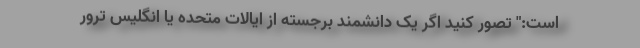
است:" تصور کنید اگر یک دانشمند برجسته از ایالات متحده یا انگلیس ترور